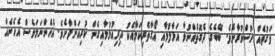
ވަގުތެއް ހުސްކުރާށެވެ. ބޭބެގެ ދެގޮތެއްނުވާ އަޅާލުމާއި އޯގާތެރިކަމާއެކު ދިރިއުޅުމާއިގެން ކުރިއަށްދާށެވެ. އެހެންނަމަވެސް އެހެނެއް